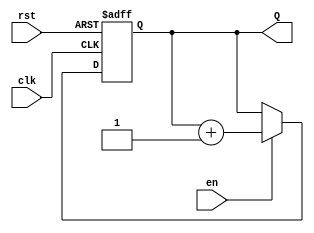
module binary_up_counter (
    input wire clk,       // Clock signal
    input wire rst,       // Active-high reset signal
    input wire en,        // Enable signal
    output reg [N-1:0] Q  // Count output (N-bit wide)
);
    parameter N = 4; // Number of bits for the counter (can be adjusted)

    // Always block for synchronous operation
    always @(posedge clk or posedge rst) begin
        if (rst) begin
            Q <= 0; // Reset the counter to zero
        end else if (en) begin
            Q <= Q + 1; // Increment the counter
        end
    end
endmodule